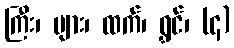
ကြီး၊ များ၊ ထက်၊ ရွှင်၊ (၄)